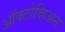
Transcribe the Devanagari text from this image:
ऑक्टोव्हिअन